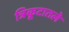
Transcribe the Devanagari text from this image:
त्रिकूटातले